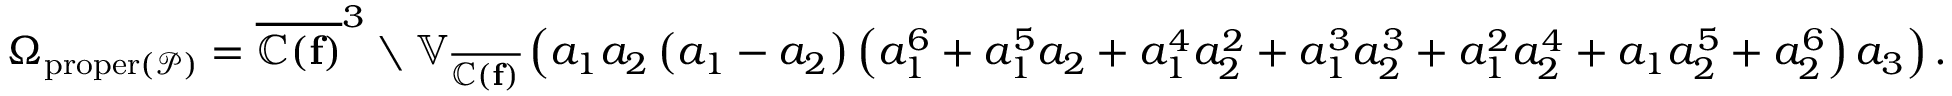
\Omega _ { \mathrm { p r o p e r } ( \mathcal { P } ) } = \overline { { \mathbb { C } ( \mathbf { f } ) } } ^ { 3 } \setminus \mathbb { V } _ { \overline { { \mathbb { C } ( \mathbf { f } ) } } } \left( a _ { 1 } a _ { 2 } \left( a _ { 1 } - a _ { 2 } \right) \left( a _ { 1 } ^ { 6 } + a _ { 1 } ^ { 5 } a _ { 2 } + a _ { 1 } ^ { 4 } a _ { 2 } ^ { 2 } + a _ { 1 } ^ { 3 } a _ { 2 } ^ { 3 } + a _ { 1 } ^ { 2 } a _ { 2 } ^ { 4 } + a _ { 1 } a _ { 2 } ^ { 5 } + a _ { 2 } ^ { 6 } \right) a _ { 3 } \right) .